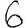
Digit: 6